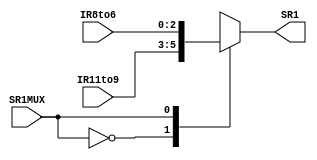
`timescale 1ns / 1ps
//////////////////////////////////////////////////////////////////////////////////
// Company: 
// Engineer: 
// 
// Design Name: 
// Module Name: SR1MUX
// Project Name: 
// Target Devices: 
// Tool Versions: 
// Description: 
// 
// Dependencies: 
// 
// Revision:
// Revision 0.01 - File Created
// Additional Comments:
// 
//////////////////////////////////////////////////////////////////////////////////


module SR1MUX(
    input [2:0] IR11to9,
    input [2:0] IR8to6,
    input SR1MUX,
    output reg [2:0] SR1
    );

    initial SR1 = 0;

    always @(*) begin
        case (SR1MUX) 
            2'b00: SR1 = IR11to9;
            2'b01: SR1 = IR8to6;
            2'b10: SR1 = 3'b110;
            default: SR1 = 0;
        endcase
    end

endmodule